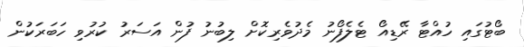
ބޯޓުގައި ހުއްޓާ ރޭޑިއޯ ޓެލެފޯނު މެދުވެރިކޮށް ލިބުނު ފުން އަސަރު ކުރުވި ހަބަރަކުން